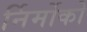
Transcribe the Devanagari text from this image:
र्निर्मोको